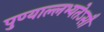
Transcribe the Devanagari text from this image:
पुण्याल्लभ्यतेऽसौ